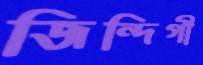
জিন্দিগী